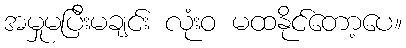
အမှုမပြီးမချင်း လုံးဝ မထနိုင်တော့ပေ။